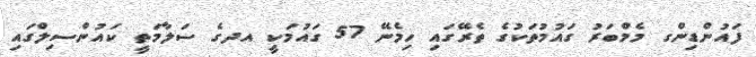
ފައުންޑިންގ މެމްބަރު ގައުމުތަކުގެ ތެރޭގައި ހިމެނޭ 57 ގައުމަކީ އދގެ ސަލާމަތީ ކައުންސިލްގައި